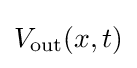
V_{\mathrm {out} }(x,t)